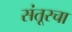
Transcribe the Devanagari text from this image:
संतूरचा